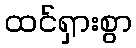
ထင်ရှားစွာ